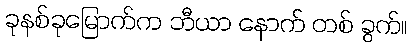
ခုနစ်ခုမြောက်က ဘီယာ နောက် တစ် ခွက်။